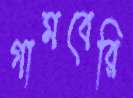
গামবেরি